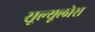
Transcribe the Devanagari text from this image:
सूल्यूलोस